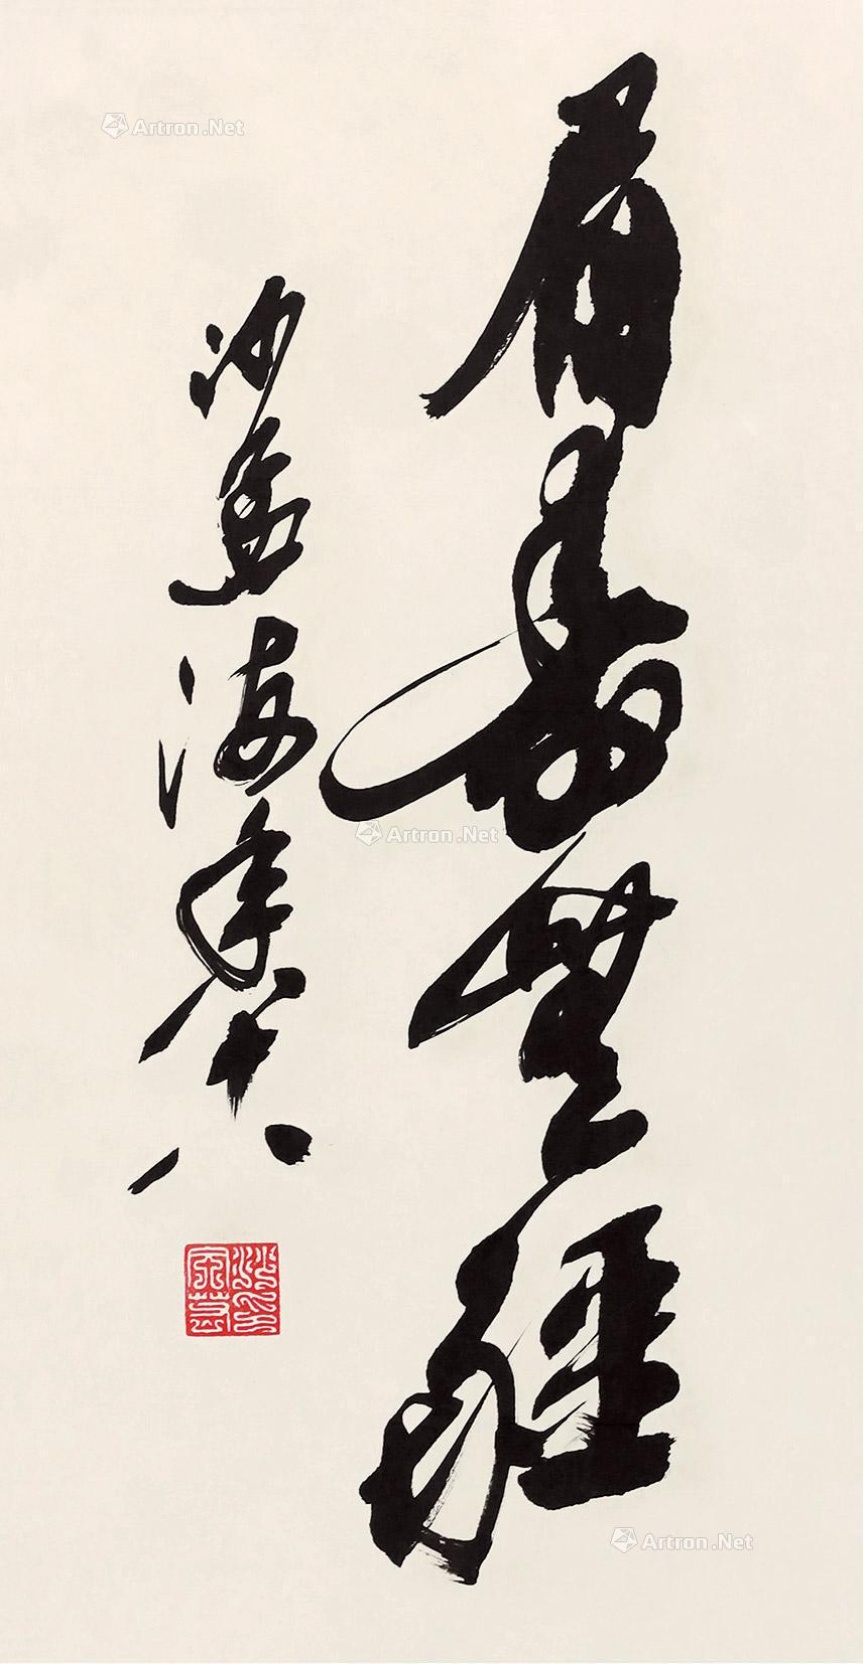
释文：眉寿无疆沙孟海年八十八